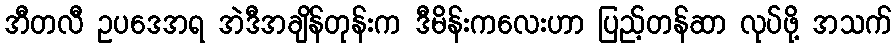
အီတလီ ဥပဒေအရ အဲဒီအချိန်တုန်းက ဒီမိန်းကလေးဟာ ပြည့်တန်ဆာ လုပ်ဖို့ အသက်